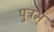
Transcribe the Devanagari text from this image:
पुत्रम्‌